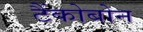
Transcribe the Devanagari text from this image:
टैंकोबोन